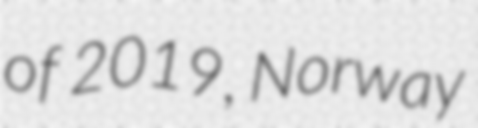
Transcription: of 2019, Norway